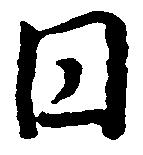
円